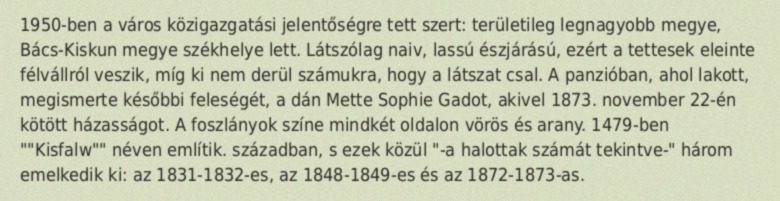
1950-ben a város közigazgatási jelentőségre tett szert: területileg legnagyobb megye, Bács-Kiskun megye székhelye lett. Látszólag naiv, lassú észjárású, ezért a tettesek eleinte félvállról veszik, míg ki nem derül számukra, hogy a látszat csal. A panzióban, ahol lakott, megismerte későbbi feleségét, a dán Mette Sophie Gadot, akivel 1873. november 22-én kötött házasságot. A foszlányok színe mindkét oldalon vörös és arany. 1479-ben ""Kisfalw"" néven említik. században, s ezek közül "-a halottak számát tekintve-" három emelkedik ki: az 1831-1832-es, az 1848-1849-es és az 1872-1873-as.